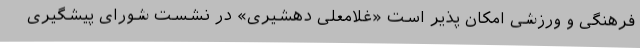
فرهنگی و ورزشی امکان پذیر است «غلامعلی دهشیری» در نشست شورای پیشگیری